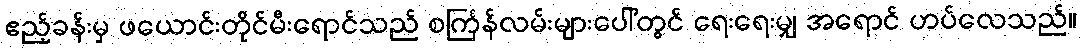
ဧည့်ခန်းမှ ဖယောင်းတိုင်မီးရောင်သည် စင်္ကြန်လမ်းများပေါ်တွင် ရေးရေးမျှ အရောင် ဟပ်လေသည်။